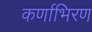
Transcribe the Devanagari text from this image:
कर्णाभिरण